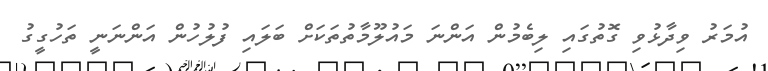
އުމަރު ވިދާޅުވި ގޮތުގައި ލިބެމުން އަންނަ މައުލޫމާތުތަކަށް ބަލައި ފުލުހުން އަންނަނީ ތަހުގީގު